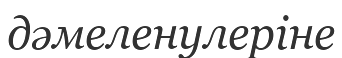
дәмеленулеріне